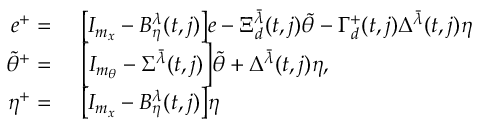
\begin{array} { r l } { e ^ { + } = } & { \ \big [ I _ { m _ { x } } - B _ { \eta } ^ { \lambda } ( t , j ) \big ] e - \Xi _ { d } ^ { \bar { \lambda } } ( t , j ) \tilde { \theta } - \Gamma _ { d } ^ { + } ( t , j ) \Delta ^ { \bar { \lambda } } ( t , j ) \eta } \\ { \tilde { \theta } ^ { + } = } & { \ \Big [ I _ { m _ { \theta } } - \Sigma ^ { \bar { \lambda } } ( t , j ) \Big ] \tilde { \theta } + \Delta ^ { \bar { \lambda } } ( t , j ) \eta , } \\ { \eta ^ { + } = } & { \ \big [ I _ { m _ { x } } - B _ { \eta } ^ { \lambda } ( t , j ) \big ] \eta } \end{array}